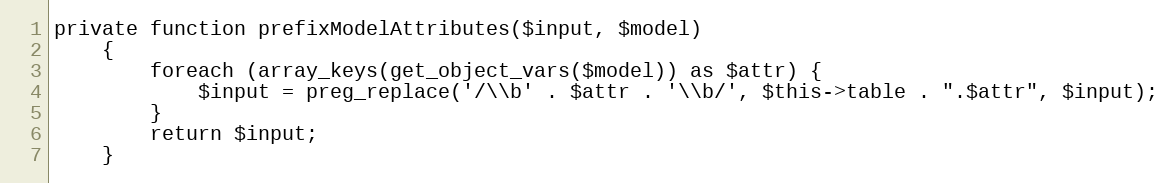
Language: PHP
private function prefixModelAttributes($input, $model)
    {
        foreach (array_keys(get_object_vars($model)) as $attr) {
            $input = preg_replace('/\\b' . $attr . '\\b/', $this->table . ".$attr", $input);
        }
        return $input;
    }